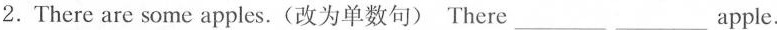
2.There are some apples.(改为单数句)There___apple.